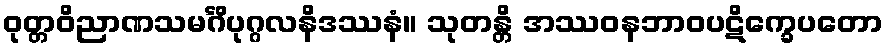
ဝုတ္တဝိညာဏသမင်္ဂိပုဂ္ဂလနိဒဿနံ။ သုတန္တိ အဿဝနဘာဝပဋိက္ခေပတော